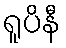
ရူပိနီ